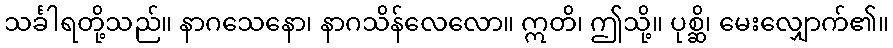
သင်္ခါရတို့သည်။ နာဂသေနော၊ နာဂသိန်လေလော။ ဣတိ၊ ဤသို့။ ပုစ္ဆိ၊ မေးလျှောက်၏။